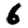
Digit: 6